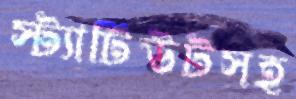
স্ট্যাটিউটসহ